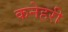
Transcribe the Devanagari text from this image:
कनेहरी